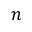
n